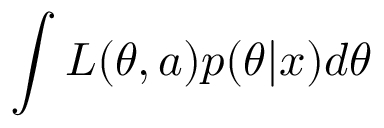
\int { L ( \theta , a ) p ( \theta | x ) d \theta }